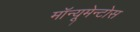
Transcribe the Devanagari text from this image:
मॉन्यूमेन्टोस